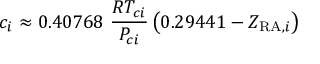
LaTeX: c _ { i } \approx 0 . 4 0 7 6 8 \ { \frac { R T _ { c i } } { P _ { c i } } } \left( 0 . 2 9 4 4 1 - Z _ { { \mathrm { R A } } , i } \right)